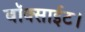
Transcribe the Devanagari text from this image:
बॉक्साईट।